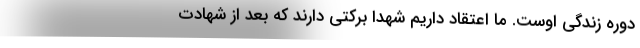
دوره زندگی اوست. ما اعتقاد داریم شهدا برکتی دارند که بعد از شهادت